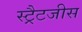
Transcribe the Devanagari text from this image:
स्ट्रैटजीस